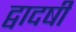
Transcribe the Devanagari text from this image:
द्वादषी